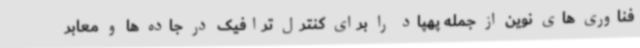
فناوری های نوین از جمله پهپاد را برای کنترل ترافیک در جاده ها و معابر